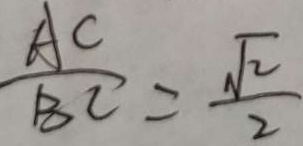
\frac { A C } { B C } = \frac { \sqrt { 2 } } { 2 }